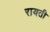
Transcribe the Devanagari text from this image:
रायती